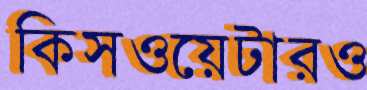
কিসওয়েটারও